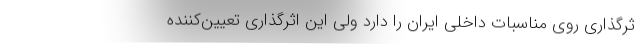
ثرگذاری روی مناسبات داخلی ایران را دارد ولی این اثرگذاری تعیین‌کننده